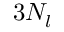
3 N _ { l }